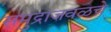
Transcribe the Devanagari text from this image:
समुद्राजवळचे